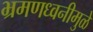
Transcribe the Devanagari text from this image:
भ्रमणध्वनीमुळे